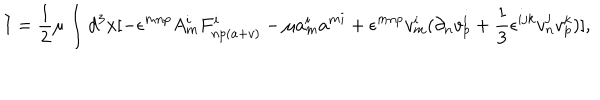
I = \frac { 1 } { 2 } \mu \int d ^ { 3 } x [ - \epsilon ^ { m n p } A _ { m } ^ { i } F _ { n p ( a + v ) } ^ { i } - \mu a _ { m } ^ { i } a ^ { m i } + \epsilon ^ { m n p } v _ { m } ^ { i } ( \partial _ { n } v _ { p } ^ { i } + \frac { 1 } { 3 } \epsilon ^ { i j k } v _ { n } ^ { j } v _ { p } ^ { k } ) ] ,